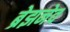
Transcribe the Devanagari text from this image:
ब्रेझनेव